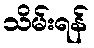
သိမ်းရန်